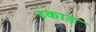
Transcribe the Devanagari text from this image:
उकाड़